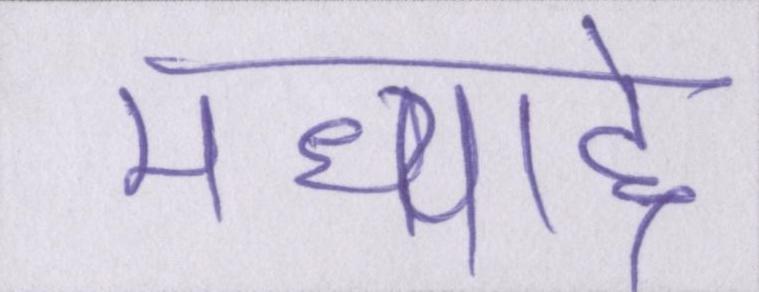
मध्याद्दे